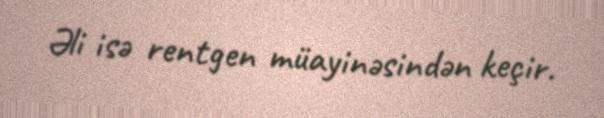
Əli isə rentgen müayinəsindən keçir.